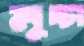
লুচ্চা